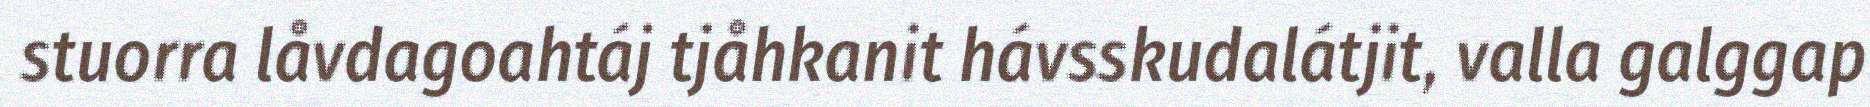
stuorra låvdagoahtáj tjåhkanit hávsskudalátjit, valla galggap